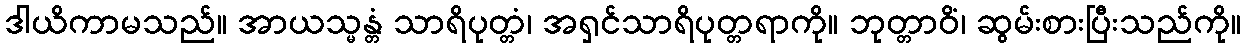
ဒါယိကာမသည်။ အာယသ္မန္တံ သာရိပုတ္တံ၊ အရှင်သာရိပုတ္တရာကို။ ဘုတ္တာဝိံ၊ ဆွမ်းစားပြီးသည်ကို။